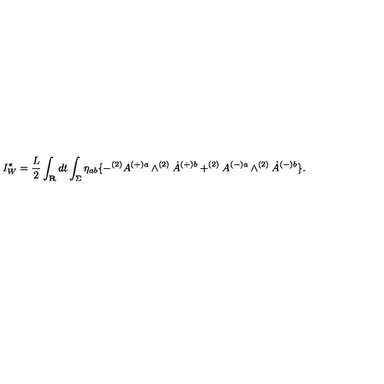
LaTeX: I _ { W } ^ { \ast } = \frac { L } { 2 } \int _ { \bf R } d t \int _ { \Sigma } \eta _ { a b } \{ - ^ { ( 2 ) } A ^ { ( + ) a } \wedge ^ { \mathrm { } ( 2 ) } \dot { A } ^ { ( + ) b } + ^ { ( 2 ) } A ^ { ( - ) a } \wedge ^ { \mathrm { } ( 2 ) } \dot { A } ^ { ( - ) b } \} .